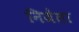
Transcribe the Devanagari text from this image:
निजेला